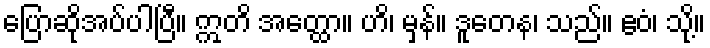
ပြောဆိုအပ်ပါပြီ။ ဣတိ အတ္ထော။ ဟိ၊ မှန်။ ဒူတေန၊ သည်။ ဧဝံ၊ သို့။